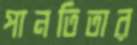
পানতিতার